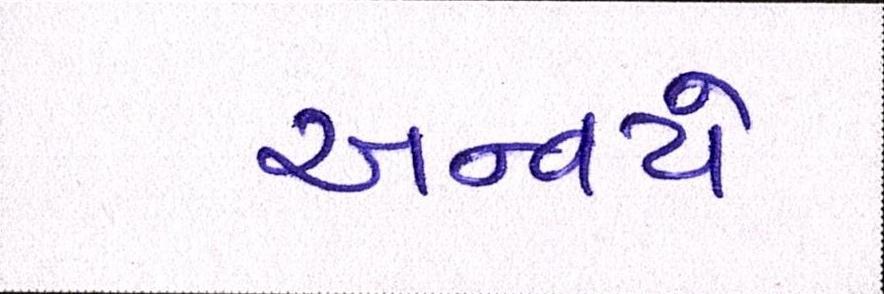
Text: અન્વયે